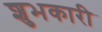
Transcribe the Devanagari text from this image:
शुभकारी